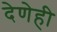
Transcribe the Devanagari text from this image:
देणेही